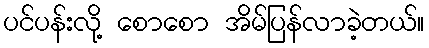
ပင်ပန်းလို့ စောစော အိမ်ပြန်လာခဲ့တယ်။